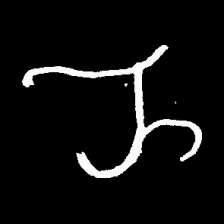
Pyu character \u2014 Myanmar letter: ည (romanized: nya)